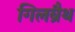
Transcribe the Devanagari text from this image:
गिलब्रैथ